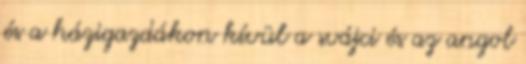
és a házigazdákon kívül a svájci és az angol